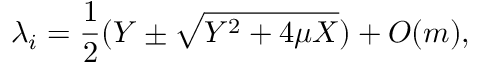
\lambda _ { i } = \frac { 1 } { 2 } ( Y \pm \sqrt { Y ^ { 2 } + 4 \mu X } ) + O ( m ) ,